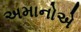
અમાનોએ